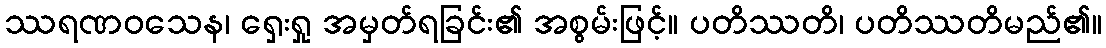
ဿရဏဝသေန၊ ရှေးရှု အမှတ်ရခြင်း၏ အစွမ်းဖြင့်။ ပတိဿတိ၊ ပတိဿတိမည်၏။